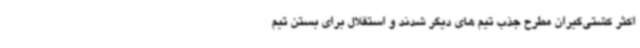
اکثر کشتی‌گیران مطرح جذب تیم های دیگر شدند و استقلال برای بستن تیم